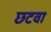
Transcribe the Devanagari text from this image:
छटवा